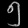
Digit: ၅